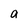
Character: a